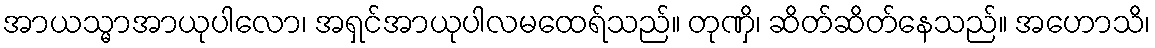
အာယသ္မာအာယုပါလော၊ အရှင်အာယုပါလမထေရ်သည်။ တုဏှိ၊ ဆိတ်ဆိတ်နေသည်။ အဟောသိ၊